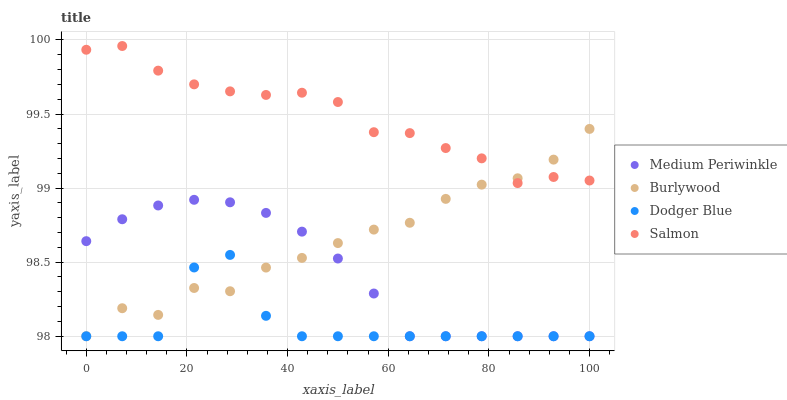
| xaxis_label | Medium Periwinkle | Burlywood | Dodger Blue | Salmon |
 | --- | --- | --- | --- | --- |
 | 0 | 98.6 | 98 | 98 | 99.9 |
 | 7.14 | 98.8 | 98.2 | 98 | 100 |
 | 14.3 | 98.9 | 98.1 | 98 | 99.8 |
 | 21.4 | 98.9 | 98.3 | 98.5 | 99.7 |
 | 28.6 | 98.9 | 98.3 | 98.5 | 99.7 |
 | 35.7 | 98.8 | 98.5 | 98.1 | 99.6 |
 | 42.9 | 98.7 | 98.5 | 98 | 99.6 |
 | 50 | 98.5 | 98.6 | 98 | 99.6 |
 | 57.1 | 98.3 | 98.7 | 98 | 99.4 |
 | 64.3 | 98 | 98.8 | 98 | 99.4 |
 | 71.4 | 98 | 98.9 | 98 | 99.3 |
 | 78.6 | 98 | 99 | 98 | 99.2 |
 | 85.7 | 98 | 99.1 | 98 | 99 |
 | 92.9 | 98 | 99.2 | 98 | 99.1 |
 | 100 | 98 | 99.4 | 98 | 99.1 |